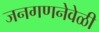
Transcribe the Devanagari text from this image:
जनगणनेवेळी